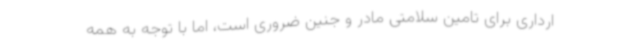
ارداری برای تامین سلامتی مادر و جنین ضروری است، اما با توجه به همه